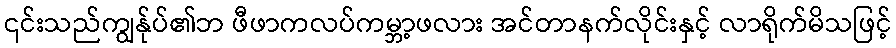
၎င်းသည်ကျွန်ုပ်၏ဘ ဖီဖာကလပ်ကမ္ဘာ့ဖလား အင်တာနက်လိုင်းနှင့် လာရိုက်မိသဖြင့်